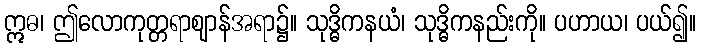
ဣဓ၊ ဤလောကုတ္တရာဈာန်အရာ၌။ သုဒ္ဓိကနယံ၊ သုဒ္ဓိကနည်းကို။ ပဟာယ၊ ပယ်၍။